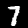
Digit: 7